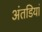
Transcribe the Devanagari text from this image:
अंतडियां